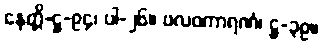
နေတ္တိ-ဋ္ဌ-၉၄၊ ပါ-၂၆။ ဗလဝကာရဏံ၊ ဋ္ဌ-၃၉။